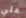
علي